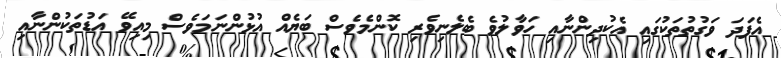
އެފަދަ ވަގުތުތަކުގައި އެކުދިންނާއި ހަވާލުވެ ބެލެނިވެރި ކޮންމެވެސް ބަޔެއް އުޅުންނަމަވެސް މިއިވޭ އަޑުތަކުންނާއި